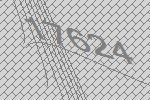
17624